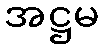
အဋ္ဌမ